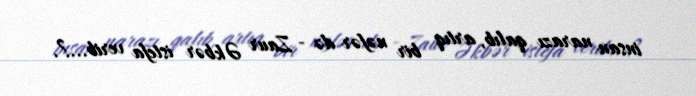
insan narazı qalıb, artıq bir nəfər də - Zaur Əkbər istefa verib...?.